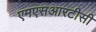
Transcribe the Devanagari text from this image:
एमएसआरटीसी